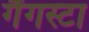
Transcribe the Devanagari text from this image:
गैंगस्टा